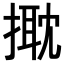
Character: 𢲠